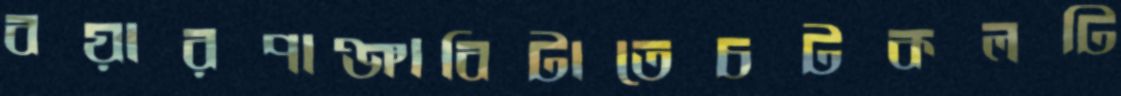
বয়ারপাঞ্জাবিটাতেচটকলটি